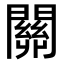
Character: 關